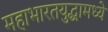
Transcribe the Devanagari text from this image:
महाभारतयुद्धामध्ये